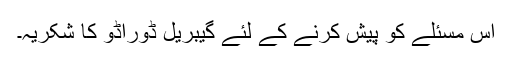
اس مسئلے کو پیش کرنے کے لئے گیبریل ڈوراڈو کا شکریہ۔